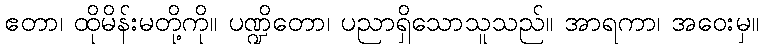
ဧတာ၊ ထိုမိန်းမတို့ကို။ ပဏ္ဍိတော၊ ပညာရှိသောသူသည်။ အာရကာ၊ အဝေးမှ။